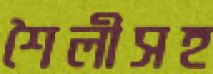
শৈলীসহ